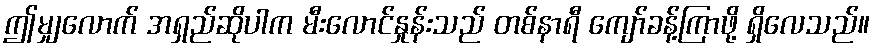
ဤမျှလောက် အရှည်ဆိုပါက မီးလောင်နှုန်းသည် တစ်နာရီ ကျော်ခန့်ကြာဖို့ ရှိလေသည်။